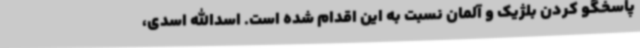
پاسخگو کردن بلژیک و آلمان نسبت به این اقدام شده است. اسدالله اسدی،